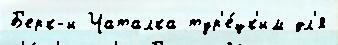
Б'ерк-и Чаталка тур'е́цк'им дл'я